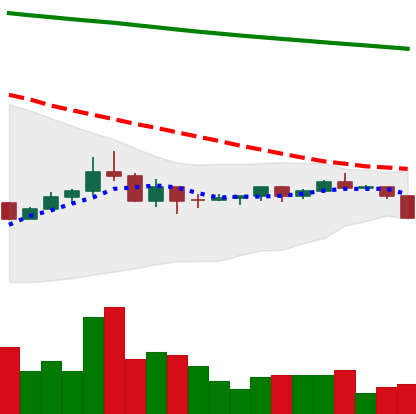
Ticker: DOGE-USD
Chart end date: 2022-07-11
Forward return: 3.934%
Label: up_3_5